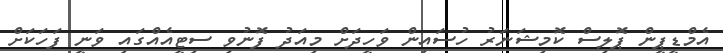
އެމްޑީޕީން ޕޮލިސް ކޮމިޝަނަރު ހުސައިން ވަހީދަށް މިއަދު ފޮނުވި ސިޓީއެއްގައި ވަނީ ފަހަކަށް